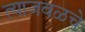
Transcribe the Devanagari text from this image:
त्याजवळचे